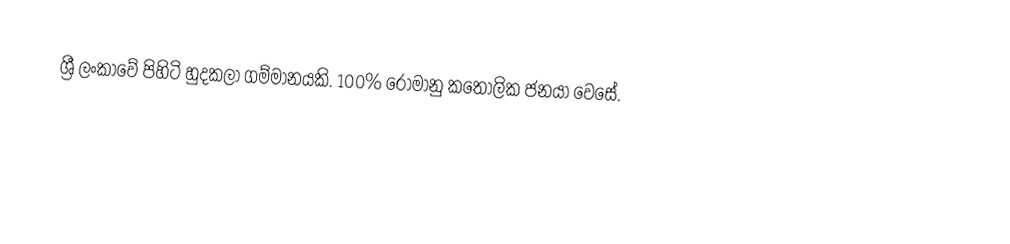
ශ්‍රී ලංකාවේ පිහිටි හුදකලා ගම්මානයකි. 100% රෝමානු කතෝලික ජනයා වෙසේ.